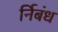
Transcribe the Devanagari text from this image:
र्निबंध